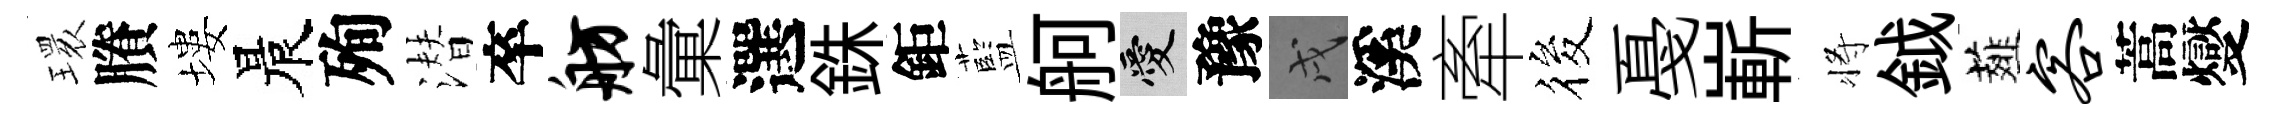
𤨔賸塿晨殉潜卒舫彙選銖鉅藍舸愛豫戌溪牽筱戞嶄将鉞薤客蒿燮